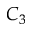
C _ { 3 }